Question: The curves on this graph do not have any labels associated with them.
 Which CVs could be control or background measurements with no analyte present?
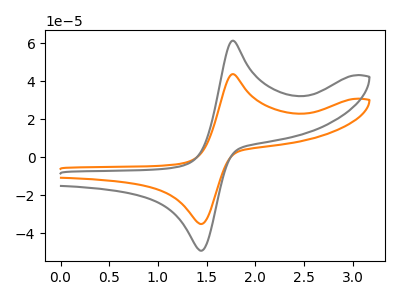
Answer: <think>The orange curve "orange" has an anodic peak at (1.75V, 43.85uA) and a cathodic peak at (1.45V, -35.00uA). The gray curve "gray" has an anodic peak at (1.75V, 61.45uA) and a cathodic peak at (1.45V, -49.05uA).</think>
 <answer>There are not any CV's on this graph that are likely to be blanks.</answer>
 <eval>none</eval>